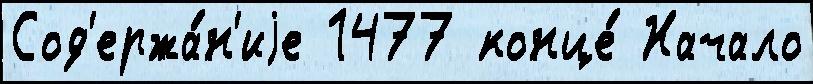
Сод'ержа́н'иjе 1477 конце́ Начало